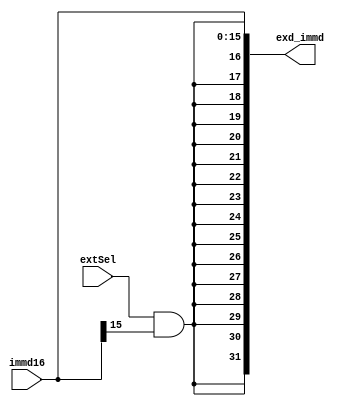
module Extend(
    input [15:0] immd16,
    input extSel,
    output [31:0] exd_immd
    );
    wire e;
    assign e = extSel & immd16[15];
    assign exd_immd = {{16{e}}, immd16};
endmodule